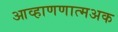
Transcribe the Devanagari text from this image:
आव्हाणणात्मअक